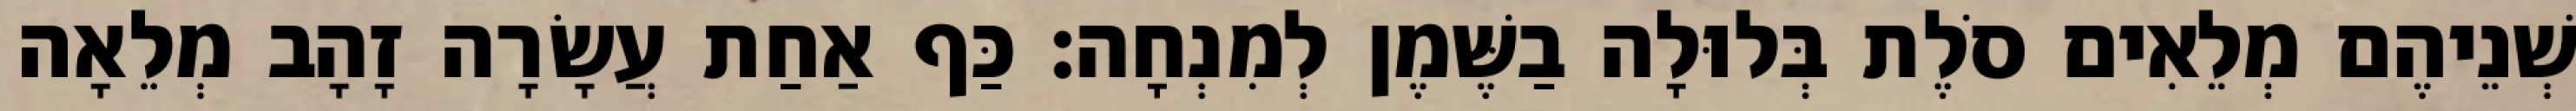
שְׁנֵיהֶם מְלֵאִים סֹלֶת בְּלוּלָה בַשֶּׁמֶן לְמִנְחָה׃ כַּף אַחַת עֲשָׂרָה זָהָב מְלֵאָה